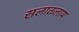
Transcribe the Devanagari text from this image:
सलातलाय